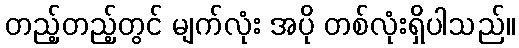
တည့်တည့်တွင် မျက်လုံး အပို တစ်လုံးရှိပါသည်။